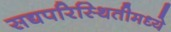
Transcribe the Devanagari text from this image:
सद्यपरिस्थितीमध्ये